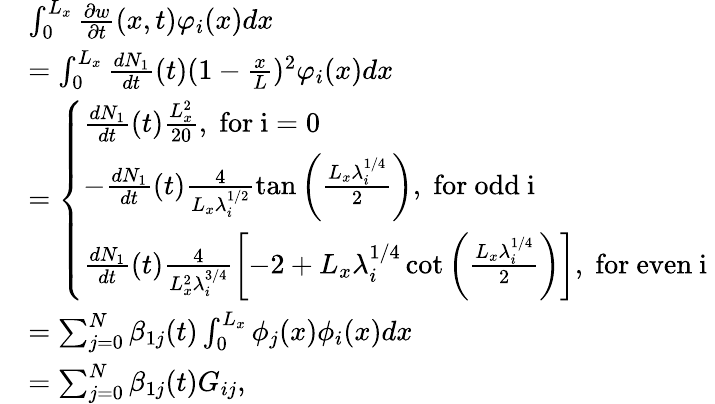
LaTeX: \begin{array}{rl}&{\int_{0}^{L_{x}}\frac{\partial w}{\partial t}(x,t)\varphi_{i}(x)dx}\\ &{=\int_{0}^{L_{x}}\frac{dN_{1}}{dt}(t)(1-\frac{x}{L})^{2}\varphi_{i}(x)dx}\\ &{=\left\{ \begin{array}{ll}{\frac{dN_{1}}{dt}(t)\frac{L_{x}^{2}}{20},\; \mathrm{for~i=0~}}\\ {-\frac{dN_{1}}{dt}(t)\frac{4}{L_{x}\lambda_{i}^{1/2}}\tan\left(\frac{L_{x}\lambda_{i}^{1/4}}{2}\right),\; \mathrm{for~odd~i~}}\\ {\frac{dN_{1}}{dt}(t)\frac{4}{L_{x}^{2}\lambda_{i}^{3/4}}\left[-2+L_{x}\lambda_{i}^{1/4}\cot\left(\frac{L_{x}\lambda_{i}^{1/4}}{2}\right)\right],\; \mathrm{for~even~i~}}\end{array}\right.}\\ &{=\sum_{j=0}^{N}\beta_{1j}(t)\int_{0}^{L_{x}}\phi_{j}(x)\phi_{i}(x)dx}\\ &{=\sum_{j=0}^{N}\beta_{1j}(t)G_{ij},}\end{array}